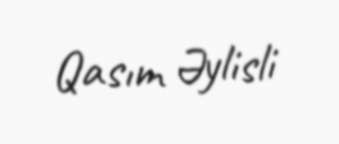
Qasım Əylisli